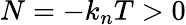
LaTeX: N=-k_{n}T>0